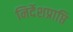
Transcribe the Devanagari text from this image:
निर्देशप्राप्ति